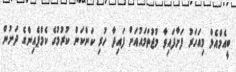
ބީއެމްއެލް މިއަހަރު ފަށާފައިވާ މުޖުތަމައުއަށް ފައިދާ ހުރި ކަންކަން ކުރުމުގެ ކެމްޕެއިންގެ ދަށުން